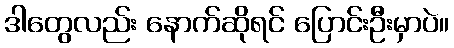
ဒါတွေလည်း နောက်ဆိုရင် ပြောင်းဦးမှာပဲ။